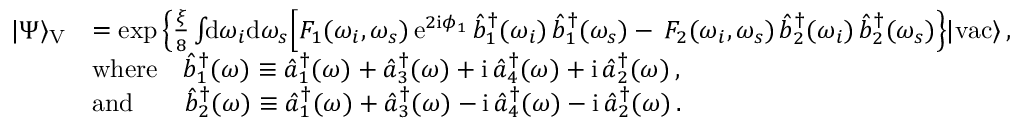
\begin{array} { r l } { | \Psi \rangle _ { \mathrm { V } } } & { = \exp \Big \{ \frac { \xi } { 8 } \int \! \! \mathrm { d } \omega _ { i } \mathrm { d } \omega _ { s } \Big [ F _ { 1 } ( \omega _ { i } , \omega _ { s } ) \, \mathrm { e } ^ { 2 \mathrm { i } \phi _ { 1 } } \, \hat { b } _ { 1 } ^ { \dagger } ( \omega _ { i } ) \, \hat { b } _ { 1 } ^ { \dagger } ( \omega _ { s } ) - \, F _ { 2 } ( \omega _ { i } , \omega _ { s } ) \, \hat { b } _ { 2 } ^ { \dagger } ( \omega _ { i } ) \, \hat { b } _ { 2 } ^ { \dagger } ( \omega _ { s } ) \Big \} | \mathrm { v a c } \rangle \, , } \\ & { \mathrm { w h e r e } \quad \hat { b } _ { 1 } ^ { \dagger } ( \omega ) \equiv \hat { a } _ { 1 } ^ { \dagger } ( \omega ) + \hat { a } _ { 3 } ^ { \dagger } ( \omega ) + \mathrm { i } \, \hat { a } _ { 4 } ^ { \dagger } ( \omega ) + \mathrm { i } \, \hat { a } _ { 2 } ^ { \dagger } ( \omega ) \, , } \\ & { \mathrm { a n d } \quad \quad \hat { b } _ { 2 } ^ { \dagger } ( \omega ) \equiv \hat { a } _ { 1 } ^ { \dagger } ( \omega ) + \hat { a } _ { 3 } ^ { \dagger } ( \omega ) - \mathrm { i } \, \hat { a } _ { 4 } ^ { \dagger } ( \omega ) - \mathrm { i } \, \hat { a } _ { 2 } ^ { \dagger } ( \omega ) \, . } \end{array}